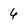
Character: 6